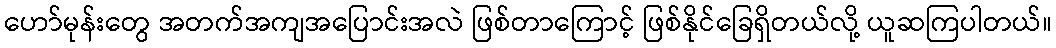
ဟော်မုန်းတွေ အတက်အကျအပြောင်းအလဲ ဖြစ်တာကြောင့် ဖြစ်နိုင်ခြေရှိတယ်လို့ ယူဆကြပါတယ်။